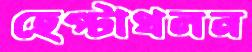
হেপ্টাথলন